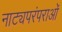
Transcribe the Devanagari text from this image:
नाट्यपरंपराओं